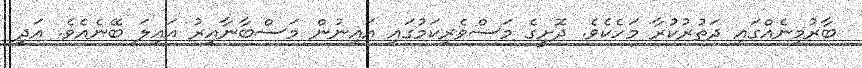
ބާރުމިނެއްގައި ދަތުރުކުރާ މަހެކެވެ. ދޮށީގެ މަސްވެރިކަމުގައި އައިނުން މަސްބާނާއިރު އައިލަ ބޭނެއެވެ. އަދި